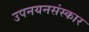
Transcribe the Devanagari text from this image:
उपनयनसंस्कार